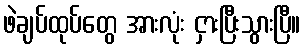
ဖဲချပ်ထုပ်တွေ အားလုံး ငှားပြီးသွားပြီ။